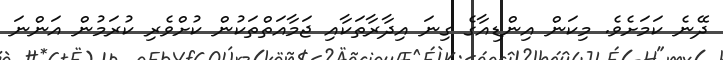
ދޭނެ ކަމަށެވެ. މިކަން އިންޑިއާގެ ގިނަ އިދާރާތަކާއި ޖަމާއަތްތަކުން ކުށްވެރި ކުރަމުން އަންނަ